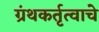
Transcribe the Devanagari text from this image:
ग्रंथकर्तृत्वाचे